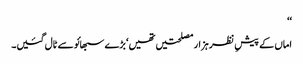
‘‘
اماں کے پیشِ نظر ہزار مصلحتیں تھیں‘ بڑے سبھائو سے ٹال گئیں۔